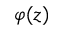
\varphi ( z )